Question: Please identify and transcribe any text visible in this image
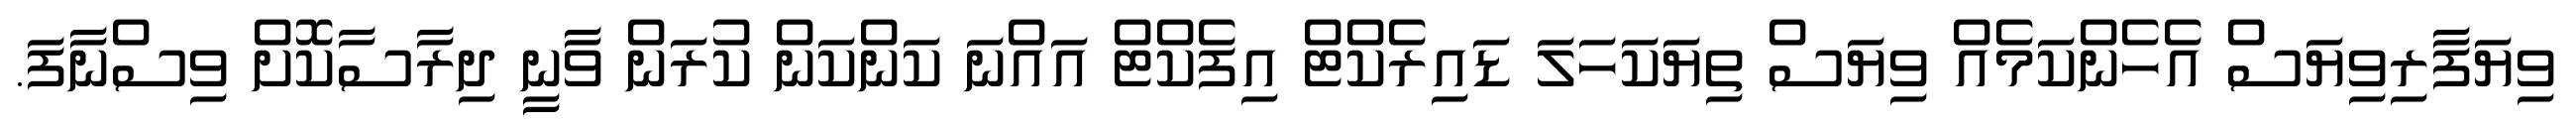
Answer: ވިޔަފާރިވިޔަސް އެހެންކަމެއް ވިޔަސް ތިޔަކަހަލަ ޑައިރެކްޓް އިފެކްޓް އައްނަ ކަންކަން ކުރަން ވާނީ ދިރާސާކޮށް ވިސްނާފަ.